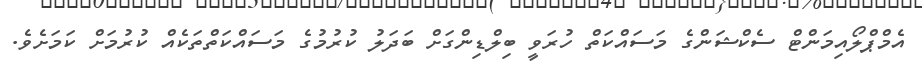
އެމްޕްލޯއިމަންޓް ސެކްޝަންގެ މަސައްކަތް ހުރަވީ ބިލްޑިންގަށް ބަދަލު ކުރުމުގެ މަސައްކަތްތަކެއް ކުރުމަށް ކަމަށެވެ.